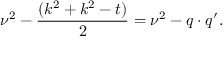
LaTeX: \nu ^ { 2 } - \frac { ( k ^ { 2 } + k ^ { 2 } - t ) } { 2 } = \nu ^ { 2 } - q \cdot q ^ { \prime } .